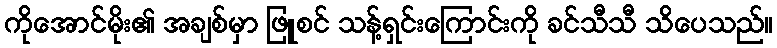
ကိုအောင်မိုး၏ အချစ်မှာ ဖြူစင် သန့်ရှင်းကြောင်းကို ခင်သီသီ သိပေသည်။